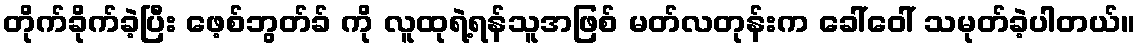
တိုက်ခိုက်ခဲ့ပြီး ဖေ့စ်ဘွတ်ခ် ကို လူထုရဲ့ရန်သူအဖြစ် မတ်လတုန်းက ခေါ်ဝေါ် သမုတ်ခဲ့ပါတယ်။